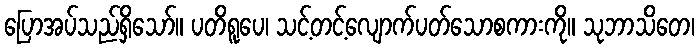
ပြောအပ်သည်ရှိသော်။ ပတိရူပေ၊ သင့်တင့်လျောက်ပတ်သောစကားကို။ သုဘာသိတေ၊